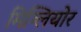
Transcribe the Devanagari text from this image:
मिग्लियोर